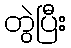
တွဲပြီး